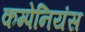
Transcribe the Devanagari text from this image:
कम्पेनियंस